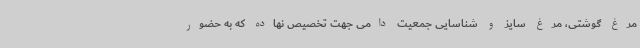
مرغ گوشتی، مرغ سایز و شناسایی جمعیت دامی جهت تخصیص نهاده که به حضور